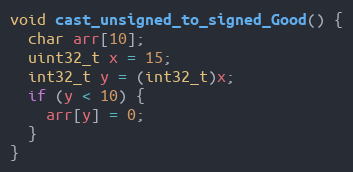
Language: C
void cast_unsigned_to_signed_Good() {
  char arr[10];
  uint32_t x = 15;
  int32_t y = (int32_t)x;
  if (y < 10) {
    arr[y] = 0;
  }
}